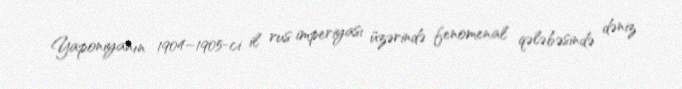
Yaponiyanın 1904–1905-ci il rus imperiyası üzərində fenomenal qələbəsində dəniz